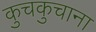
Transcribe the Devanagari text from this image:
कुचकुचाना